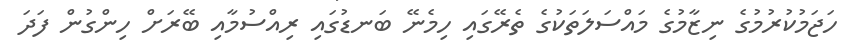
ހަޖަމުކުރުމުގެ ނިޒާމުގެ މައްސަލަތަކުގެ ތެރޭގައި ހިމެނޭ ބަނޑުގައި ރިއްސުމާއި ބޭރަށް ހިންގުން ފަދަ